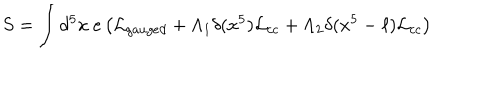
S = \int d ^ { 5 } x ~ e \left( { \cal L } _ { g a u g e d } + \Lambda _ { 1 } \delta ( x ^ { 5 } ) { \cal L } _ { c c } + \Lambda _ { 2 } \delta ( x ^ { 5 } - \ell ) { \cal L } _ { c c } \right)